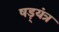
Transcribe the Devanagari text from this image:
षड़्यंत्र